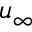
u _ { \infty }